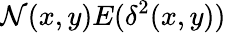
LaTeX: \mathcal{N}(x,y)E(\delta^{2}(x,y))